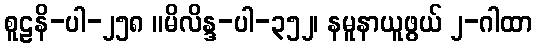
စူဠနိ-ပါ-၂၅၈ ။မိလိန္ဒ-ပါ-၃၅၂၊ နမူနာယူဖွယ် ၂-ဂါထာ